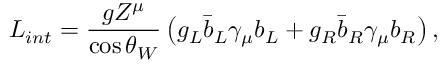
{ \cal L } _ { i n t } = { \frac { g Z ^ { \mu } } { \cos \theta _ { W } } } \left( g _ { L } \bar { b } _ { L } \gamma _ { \mu } b _ { L } + g _ { R } \bar { b } _ { R } \gamma _ { \mu } b _ { R } \right) ,